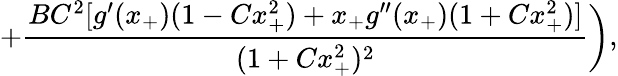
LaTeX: +\frac{BC^{2}[g^{\prime}(x_{+})(1-Cx_{+}^{2})+x_{+}g^{\prime\prime}(x_{+})(1+Cx_{+}^{2})]}{(1+Cx_{+}^{2})^{2}}\biggr),